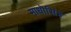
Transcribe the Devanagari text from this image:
माधॊसिंह